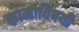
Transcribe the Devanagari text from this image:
कामाविषयी